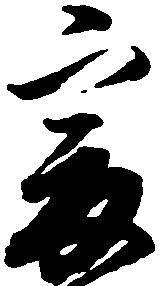
爰